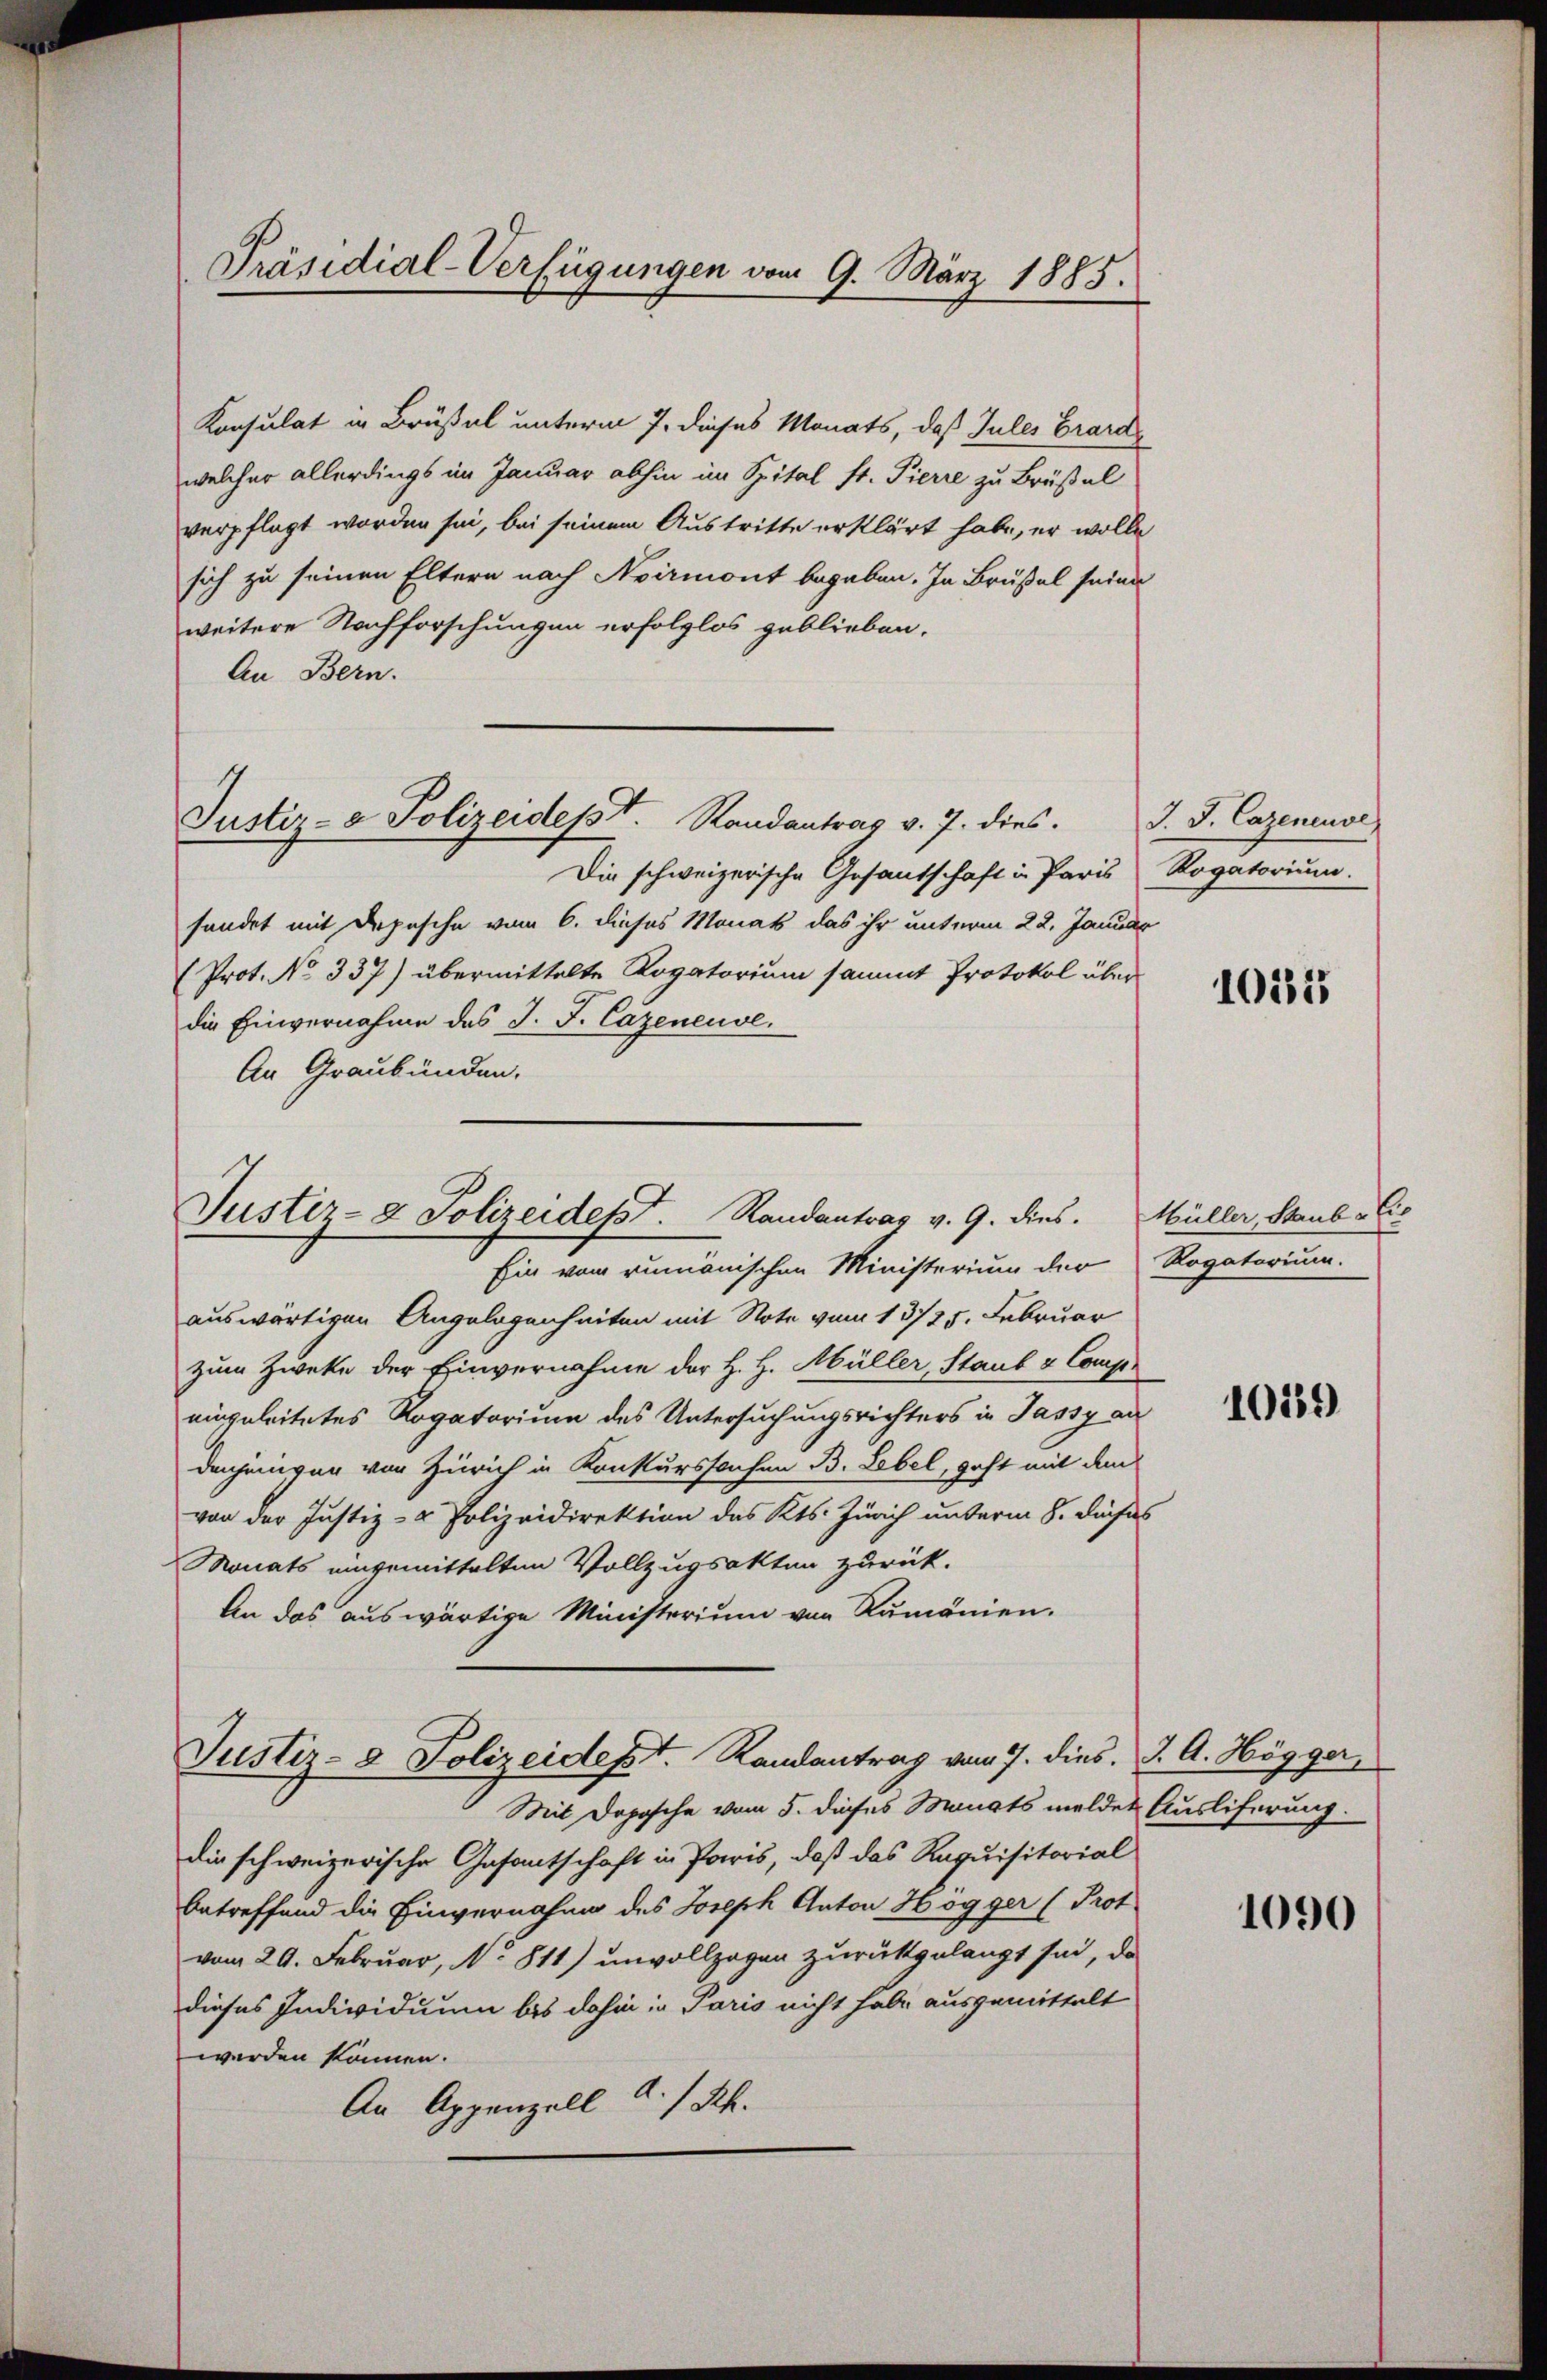
Präsidial-Verfügungen vom 9. März 1885.

Konsulat in Brüßel unterm 7. dieses Monats, daß Jules Grandwelcher allerdings im Januar abhin im Spital st. Pierre zu Brüßel
verpflegt worden sei, bei seinem Austritte erklärt habe, er wolle
sich zu seinen Eltern nach Noirmont begaben. In Brüsel seine
weitere Nachforschungen erfolglos geblieben.
An Bern.
Justiz- & Polizeidest. Randantrag v. 7. dies.
Die schweizerische Gesantschaft in Paris Rogatorium.
sendet mit Depesche vom 6. dieses Monat das ihr unterm 22. Januar
(Prot. No 337) übermittelte Rogatorium sammt Protokol überdie Einvernahme des J. J. Cazeneuve
An Graubünden.

Justiz- & Polizeidept. Randantrag v. 9. dies. Müller, Staub -Cir
Ein vom rumänischen Ministerium der Rogatorium.

auswärtigen Angelegenheiten mit Note vom 13/25. Februar
zum Zwecke der Einvernahme der H. H. Müller, Staub & Comp.
eingeleitetes Rogatorium des Untersuchungsrichters in Jassy an
denjenigen von Zürich in Konkurssachen B. Lebel, geht mit den
von der Justiz- & Polizeidirektion des Kts. Zürich unterm 8. dichis
Monats eingemittelten Vollzugsakten zurück.
An das auswärtige Ministerium von Rumänien.
Justiz- & Polizeidept. Randantrag vom 7. dies. J. A. Högger,
Mit Dopische vom 5. dieses Manats meldet Ausliferung.
die schweizerische Gesantschaft in Paris, daß das Requisitorial
betreffend die Einvernahme des Joseph Anton Högger (Prot
vom 29. Februar, N. 811) unvollzogen zurückgelangt sei, da
dieses Individuum bis dahin in Paris nicht habe ausgemittelt
werden können.
An Appenzell A. Rh.

J. J. Cazeneuve,

10182

1019

1090